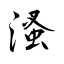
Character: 溞